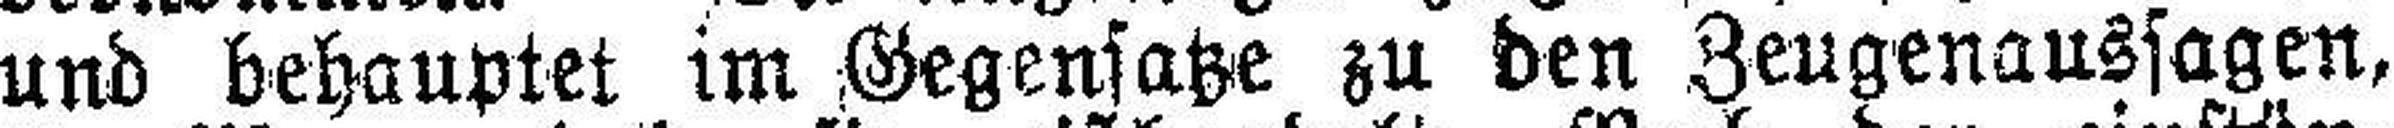
und behauptet im Gegensatze zu den Zeugenaussagen,